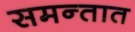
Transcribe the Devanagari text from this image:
समन्तात